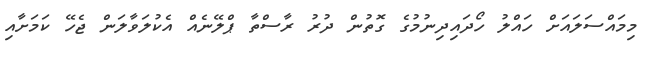
މިމައްސަލައަށް ހައްލު ހޯދައިދިނުމުގެ ގޮތުން ދުރު ރާސްތާ ޕްލޭނެއް އެކުލަވާލަން ޖެހޭ ކަމަށާއި